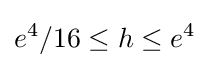
e^{4}/16\leq h\leq e^{4}